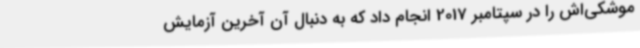
موشکی‌اش را در سپتامبر 2017 انجام داد که به دنبال آن آخرین آزمایش